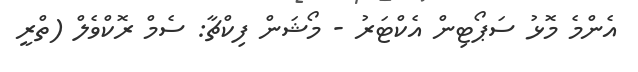
އެންމެ މޮޅު ސަޕޯޓިން އެކްޓަރު - މޯޝަން ފިކްޗާ: ސެމް ރޮކްވެލް (ތްރީ